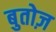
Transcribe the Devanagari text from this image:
बुतोज़